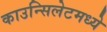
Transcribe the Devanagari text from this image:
काउन्सिलेटमध्ये